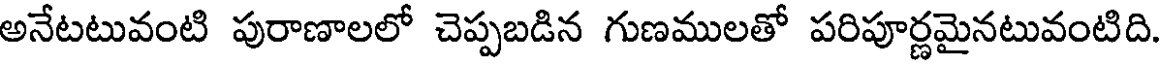
అనేటటువంటి పురాణాలలో చెప్పబడిన గుణములతో పరిపూర్ణమైనటువంటిది.